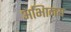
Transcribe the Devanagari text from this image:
अभािनय